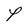
Character: P